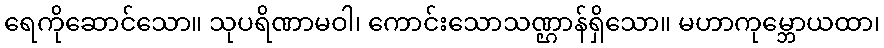
ရေကိုဆောင်သော။ သုပရိဏာမဝါ၊ ကောင်းသောသဏ္ဌာန်ရှိသော။ မဟာကုမ္ဘောယထာ၊